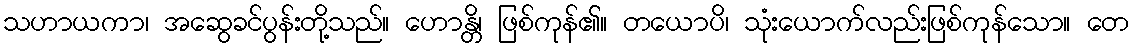
သဟာယကာ၊ အဆွေခင်ပွန်းတို့သည်။ ဟောန္တိ၊ ဖြစ်ကုန်၏။ တယောပိ၊ သုံးယောက်လည်းဖြစ်ကုန်သော။ တေ